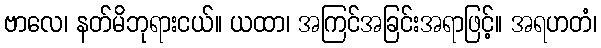
ဗာလေ၊ နတ်မိဘုရားငယ်။ ယထာ၊ အကြင်အခြင်းအရာဖြင့်။ အရဟတံ၊